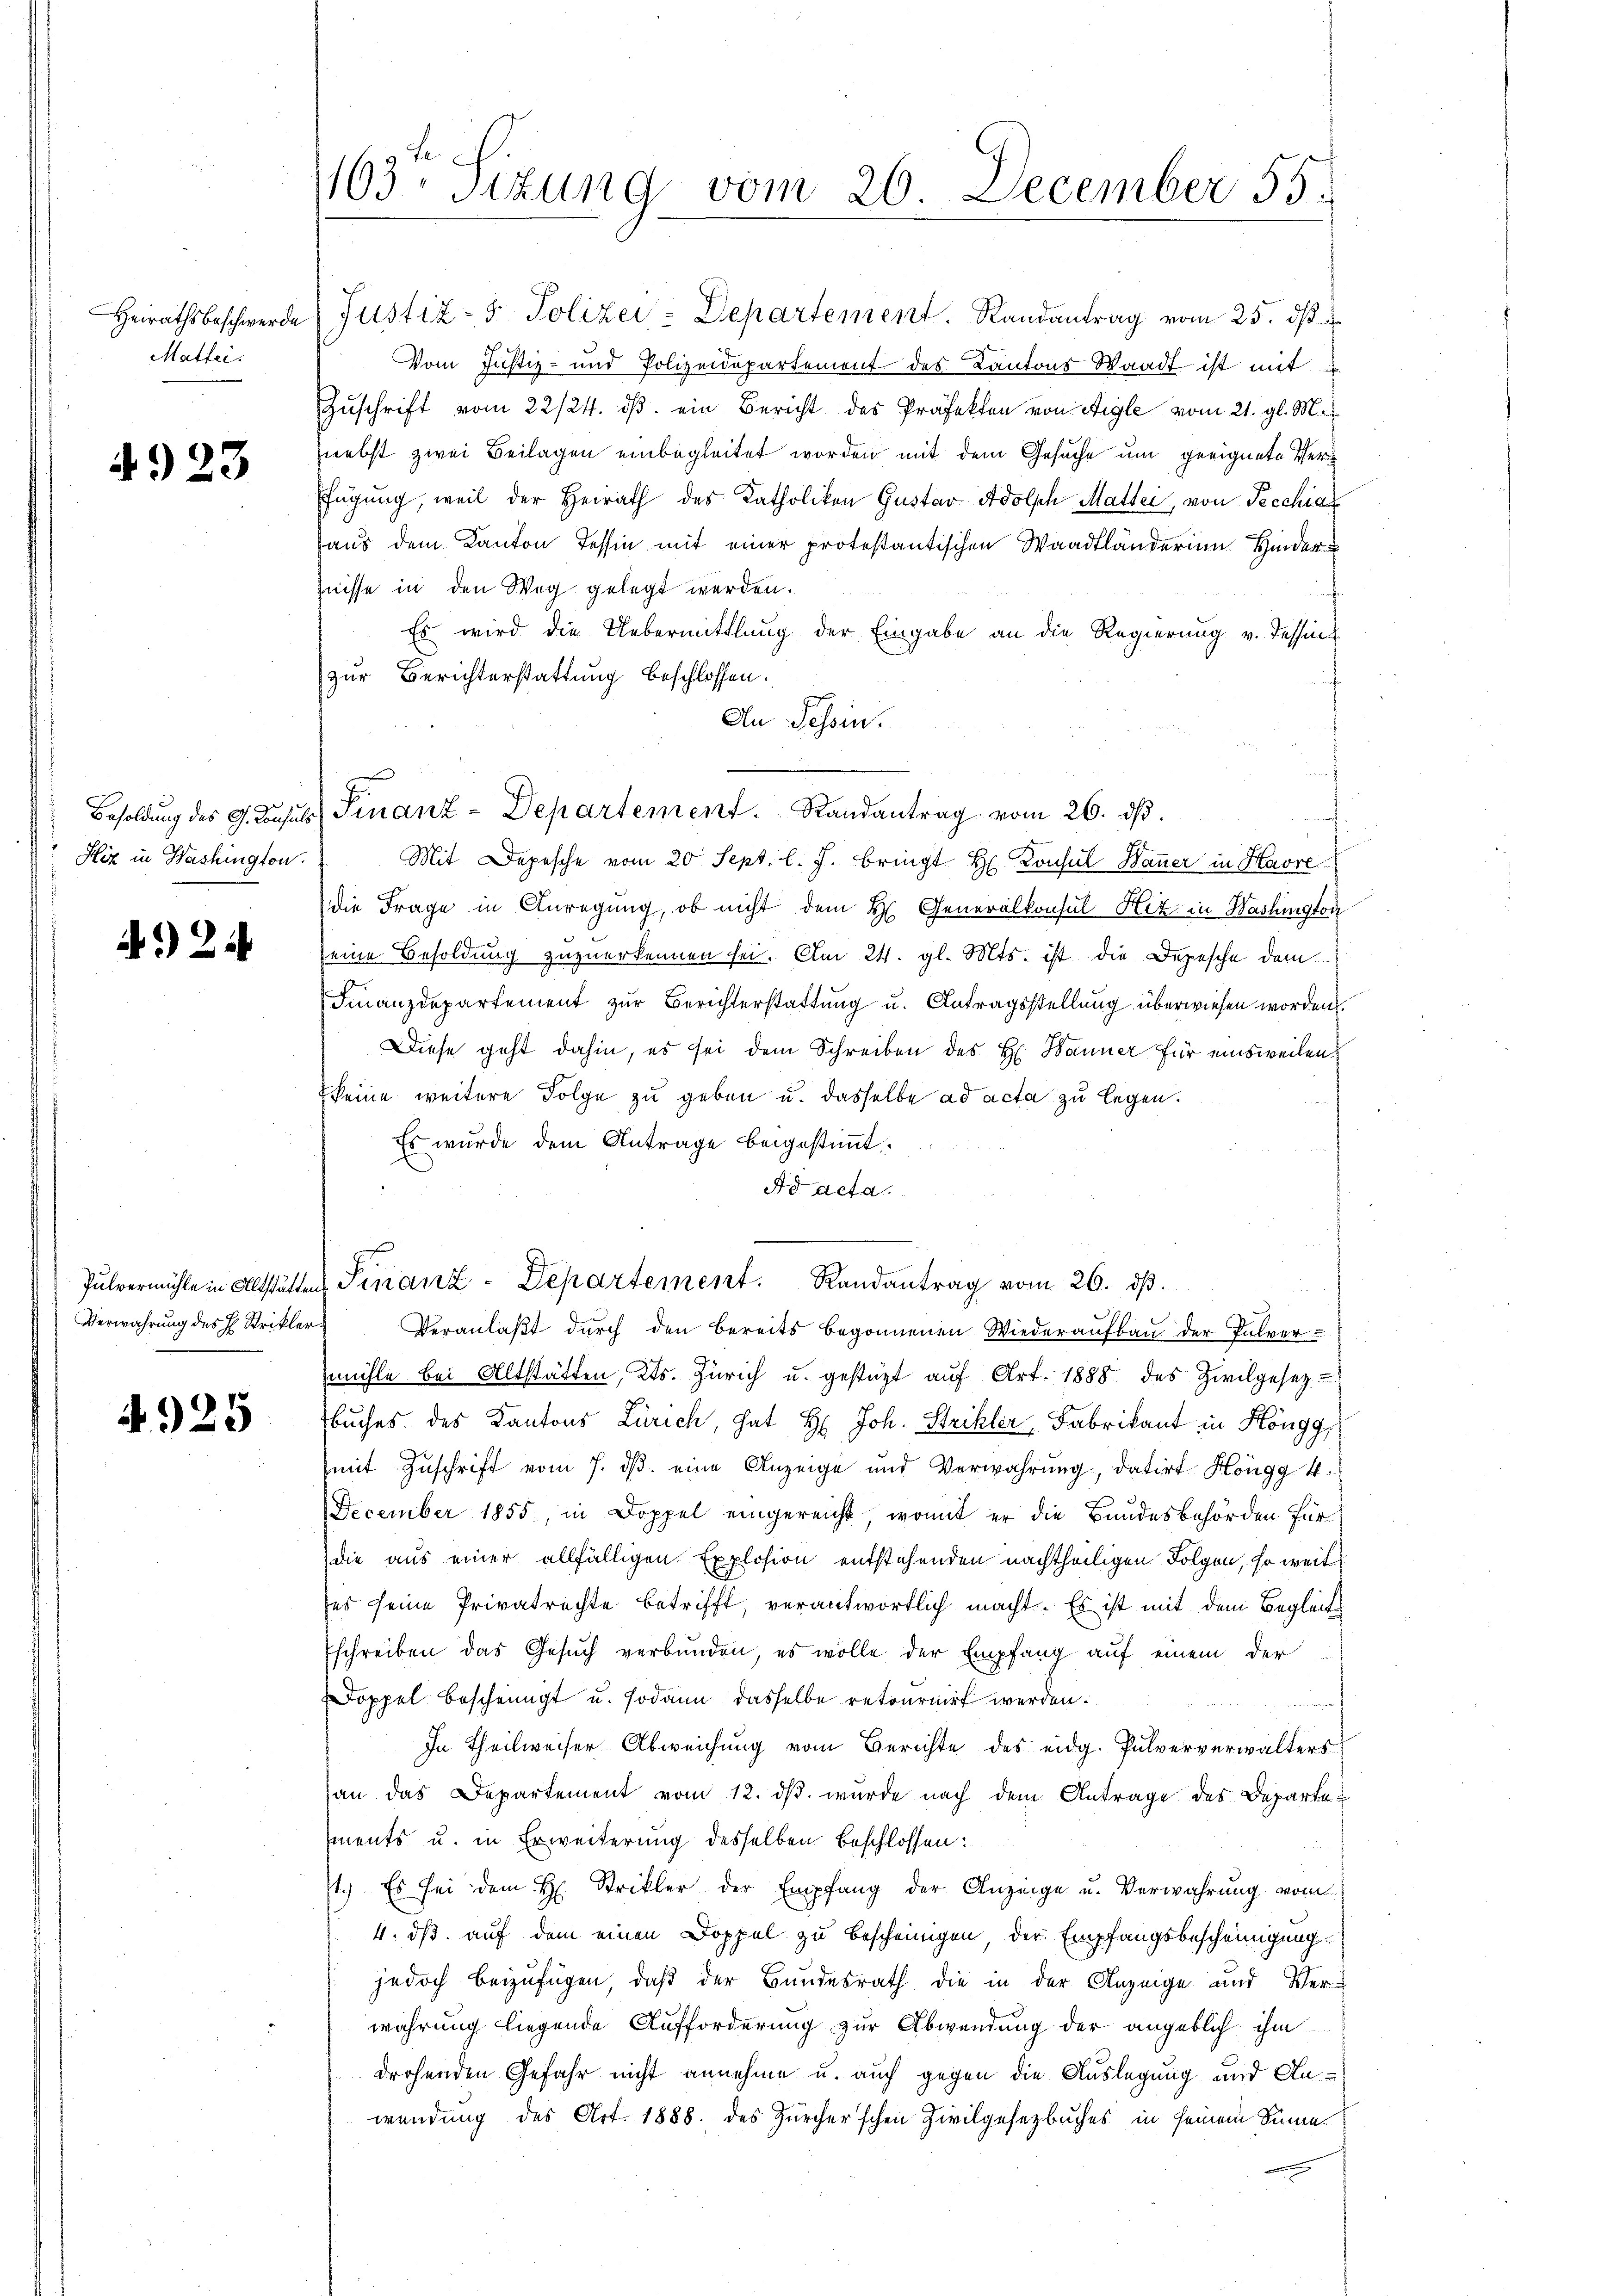
Heirathsbeschwerde
Mattei

4923

Besoldung des G. Consuls
Hiz in Washington.

A. 24

Verwahrung des H. Strikler

4925

1103. Sizung vom 20. December 55.

Justiz- & Polizei-Departement. Randantrag vom 25. ds.
Vom Justiz- und Polizeidepartement des Kantons Waadt ist mit
Zuschrift vom 22/24. dβ ein Bericht des Präfekten von Aigle vom 21. gl. M.
nebst zwei Beilagen einbegleitet worden mit dem Gesuche um geeignete Verfügung, weil der Heirath des Katholiken Gustav Adolph Mattei, von Pecchiat
aus dem Kanton Tessin mit einer protestantischen Waadtländerinn Hinder
fnisse in den Weg gelegt werden.
n
Es wird die Uebermittlung der Eingabe an die Regierung v. Tessin
zur Berichterstattung beschlossen:
An Tessin.
Finanz-Departement. Randantrag vom 26. ds.
Mit Depesche vom 20. Sept. l. J. bringt H. Konsul Bauer in Havre
die Frage in Anregung, ob nicht dem H. Generalkonsul Hiz in Washington
seine Besoldung zuzuerkennen sei. Am 24. gl. Mts. ist die Depesche dem
Finanzdepartement zur Berichterstattung u. Antragsstellung überwiesen worden.
Diese geht dahin, es sei dem Schreiben des H. Banner für einsweilen
keine weitere Folge zu geben u. dasselbe ad acta zu legen.
Es wurde dem Antrage beigestimmt.
Ad acta.
Pulvermühle in Altstätten Sinanz-Departement. Randantrag vom 26. dβ.
Veranlaßt durch den bereits begonnenen Wiederaufbau der Pulver-
mühle bei Altstätten, Kts. Zürich u. gestüzt aŭf Art. 1888 des Zivilgesez
Buches des Kantons Zürich, hat H. Joh. Strikler, Fabrikant in Höngg
mit Zuschrift vom 7. ds. eine Anzeige und Verwahrung, datirt Höngg 4.
December 1855, in Doppel eingereicht, womit er die Bandesbehörden für
die aus einer allfälligen Explosion entstehenden nachtheiligen Folgen, so weit
ses seine Privatrechte betrifft, verantwortlich macht. Es ist mit dem Begleitschreiben das Gesuch verbunden, es wolle der Empfang auf einem der
Doppel bescheinigt u. sodann dasselbe retournirt werden.
In Theilweiser Abweichung vom Gerichte des eidg. Pulververwalters
an das Departement vom 12. dβ. wurde nach dem Antrage des Departe
ments u. in Erweiterung desselben beschlossen:
11.) Es sei dem H. Strikler der Empfang der Anzeige u. Verwahrung vom
4. dß auf dem einen Doppel zu bescheinigen der Empfangsbescheinigung
jedoch beizufügen, daß der Bundesrath die in der Anzeige und Ver-
wahrung liegende Aufforderung zur Abwendung der angeblich ihm
drohenden Gefahr nicht annehme u. auch gegen die Auslegung und An-
wendung des Art. 1888. des Zürcher'schen Zivilgesetzbuches in seinem Sinne